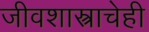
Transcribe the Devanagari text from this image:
जीवशास्त्राचेही